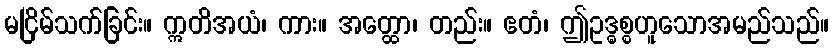
မငြိမ်သက်ခြင်း။ ဣတိအယံ၊ ကား။ အတ္ထော၊ တည်း။ ဧတံ၊ ဤဥဒ္ဓစ္စဟူသောအမည်သည်။